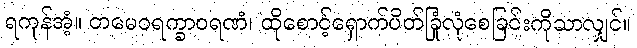
ရကုန်အံ့။ တမေဝရက္ခာဝရဏံ၊ ထိုစောင့်ရှောက်ပိတ်ခြုံလုံစေခြင်းကိုသာလျှင်။